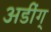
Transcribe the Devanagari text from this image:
अडींग्